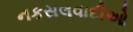
નકસલવાદીઓ